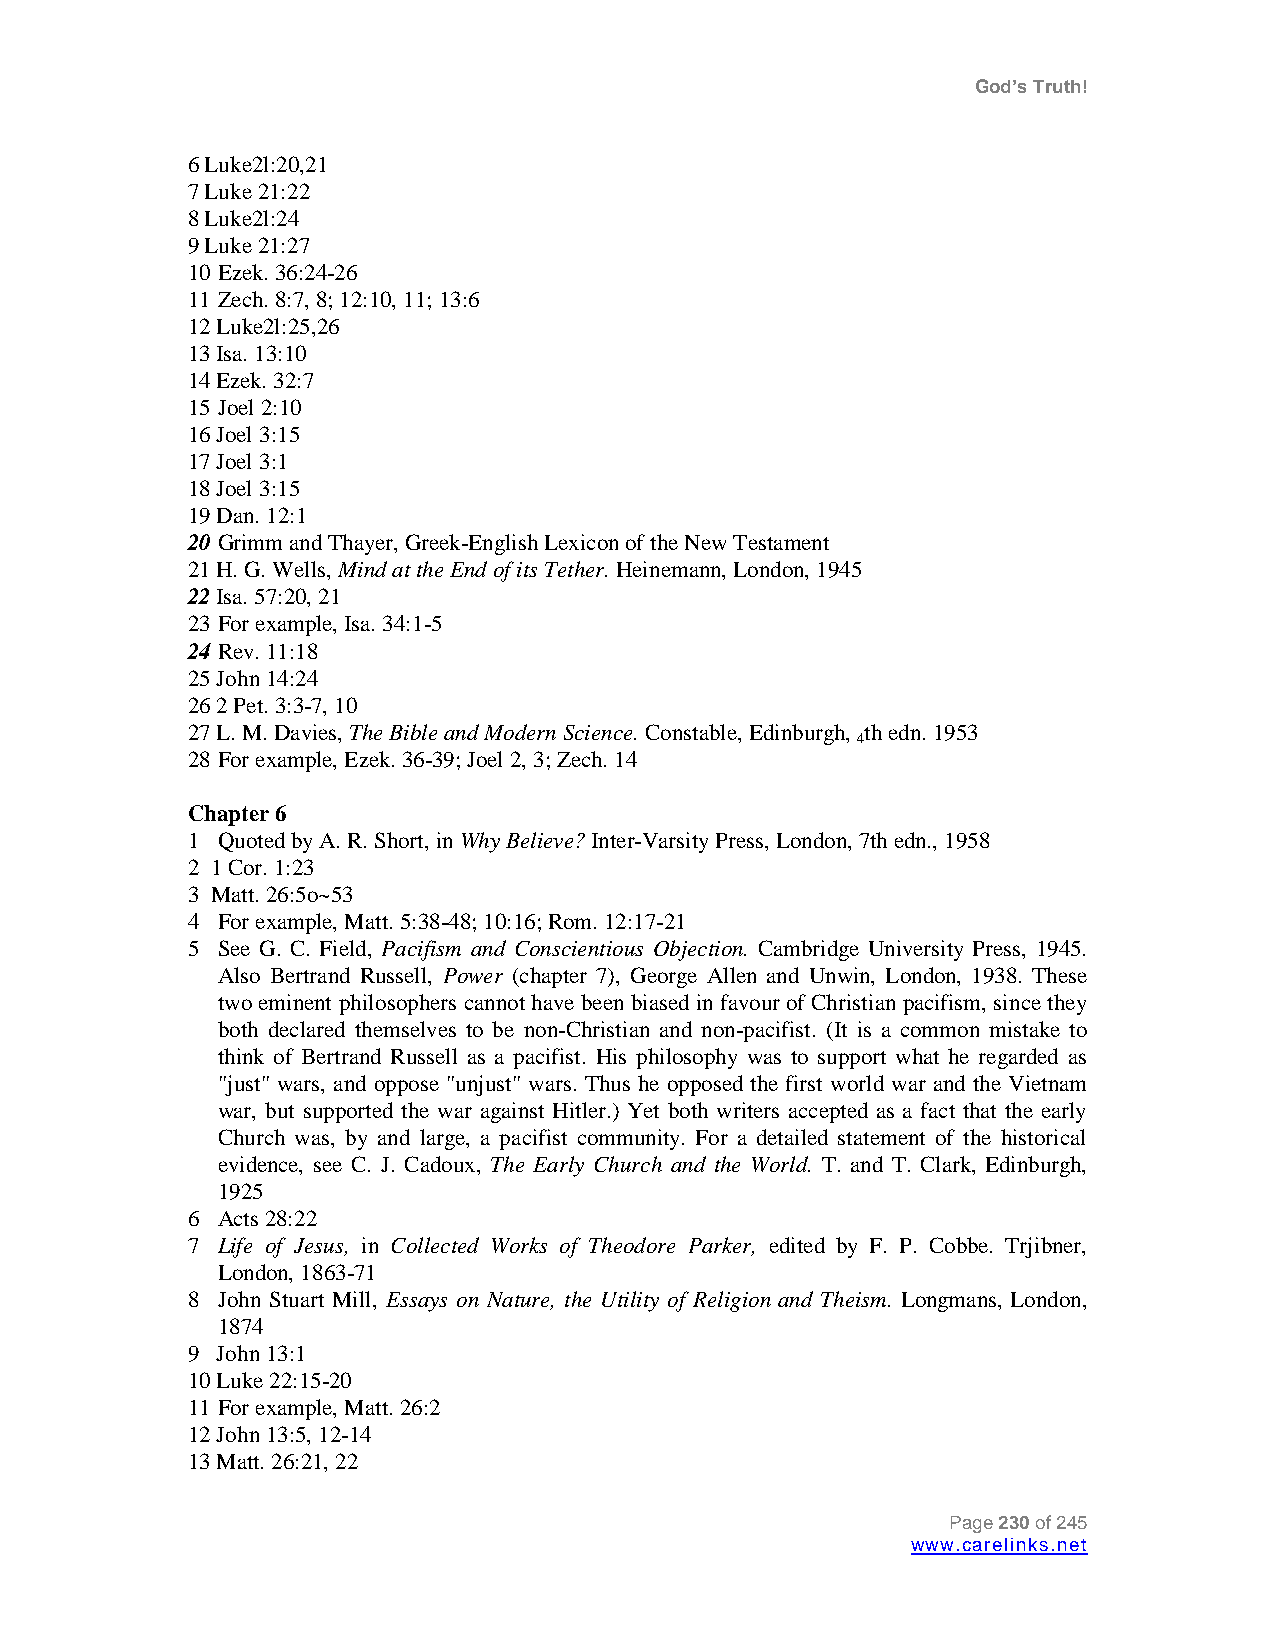
God’s Truth!
 6 Luke2l:20,21
 7 Luke 21:22
 8 Luke2l:24
 9 Luke 21:27
 10 Ezek. 36:24-26
 11 Zech. 8:7, 8; 12:10, 11; 13:6
 12 Luke2l:25,26
 13 Isa. 13:10
 14 Ezek. 32:7
 15 Joel 2:10
 16 Joel 3:15
 17 Joel 3:1
 18 Joel 3:15
 19 Dan. 12:1
 20 Grimm and Thayer, Greek-English Lexicon of the New Testament
 21 H. G. Wells, Mind at the End of its Tether. Heinemann, London, 1945
 22 Isa. 57:20, 21
 23 For example, Isa. 34:1-5
 24 Rev. 11:18
 25 John 14:24
 26 2 Pet. 3:3-7, 10
 27 L. M. Davies, The Bible and Modern Science. Constable, Edinburgh, th edn. 1953
 4
 28 For example, Ezek. 36-39; Joel 2, 3; Zech. 14
 Chapter 6
 1 Quoted by A. R. Short, in Why Believe? Inter-Varsity Press, London, 7th edn., 1958
 2 1 Cor. 1:23
 3 Matt. 26:5o~53
 4 For example, Matt. 5:38-48; 10:16; Rom. 12:17-21
 5 See G. C. Field, Pacifism and Conscientious Objection. Cambridge University Press, 1945.
 Also Bertrand Russell, Power (chapter 7), George Allen and Unwin, London, 1938. These
 two eminent philosophers cannot have been biased in favour of Christian pacifism, since they
 both declared themselves to be non-Christian and non-pacifist. (It is a common mistake to
 think of Bertrand Russell as a pacifist. His philosophy was to support what he regarded as
 "just" wars, and oppose "unjust" wars. Thus he opposed the first world war and the Vietnam
 war, but supported the war against Hitler.) Yet both writers accepted as a fact that the early
 Church was, by and large, a pacifist community. For a detailed statement of the historical
 evidence, see C. J. Cadoux, The Early Church and the World. T. and T. Clark, Edinburgh,
 1925
 6 Acts 28:22
 7 Life of Jesus, in Collected Works of Theodore Parker, edited by F. P. Cobbe. Trjibner,
 London, 1863-71
 8 John Stuart Mill, Essays on Nature, the Utility of Religion and Theism. Longmans, London,
 1874
 9 John 13:1
 10 Luke 22:15-20
 11 For example, Matt. 26:2
 12 John 13:5, 12-14
 13 Matt. 26:21, 22
 Page 230 of 245
 www.carelinks.net